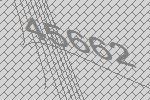
45662